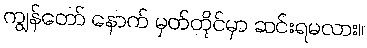
ကျွန်တော် နောက် မှတ်တိုင်မှာ ဆင်းရမလား။